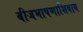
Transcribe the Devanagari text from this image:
बीजभाषणाशिवाय